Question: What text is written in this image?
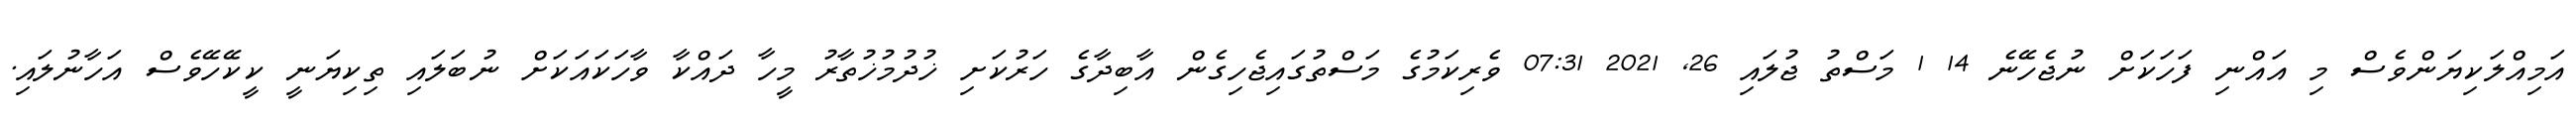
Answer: އަމިއްލަކިޔަންވެސް މި އައްނި ފަހަކަށް ނުޖެހޭނެ 14 1 މަސްތު ޖުލައި 26, 2021 07:31 ވެރިކަމުގެ މަސްތުގައިޖެހިގެން އާބިދާގެ ހަރުކަށި ޚުދުމުޚުތާރު މީހާ ދައްކާ ވާހަކައަކަށް ނުބަލައި ތިކިޔަނީ ކީކޭހޭވެސް އަހާނުލައި.